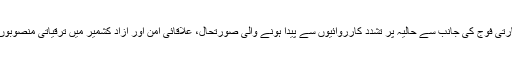
ملاقات میں مقبوضہ کشمیر میں بھارتی فوج کی جانب سے حالیہ پر تشدد کارروائیوں سے پیدا ہونے والی صورتحال، علاقائی امن اور آزاد کشمیر میں ترقیاتی منصوبوں کے حوالہ سے بات چیت کی گئی۔